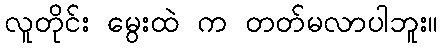
လူတိုင်း မွေးထဲ က တတ်မလာပါဘူး။